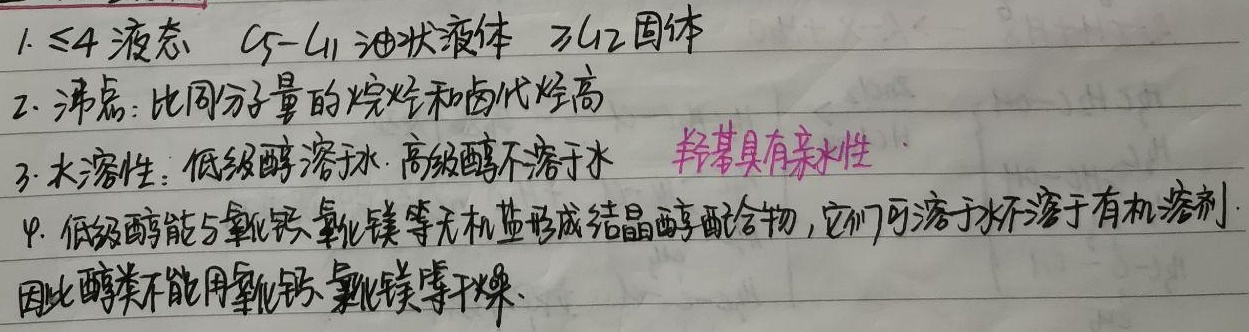
1. $\leq4$ 液态  $C_{5}-C_{11}$ 油状液体  $>C_{12}$ 固体
2. 沸点：比同分子量的烷烃和卤代烃高
3. 水溶性：低级醇溶于水，高级醇不溶于水  羟基具有亲水性
4. 低级醇能与氯化钙、氯化镁等无机盐形成结晶醇配合物，它们可溶于水不溶于有机溶剂
因此醇类不能用氯化钙、氯化镁等干燥。